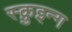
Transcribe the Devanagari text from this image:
स्क्रुइन्ग